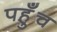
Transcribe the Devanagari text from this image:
पह़ुँच